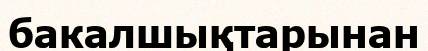
бакалшықтарынан